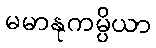
မမာနုကမ္ပိယာ